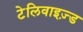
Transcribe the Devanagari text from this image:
टेलिवाइज़्ड